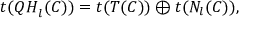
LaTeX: t ( { \cal Q H } _ { l } ( { \cal C } ) ) = t ( T ( { \cal C } ) ) \oplus t ( N _ { l } ( { \cal C } ) ) ,